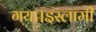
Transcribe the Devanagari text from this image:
गया।इस्लामी